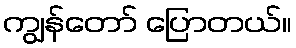
ကျွန်တော် ပြောတယ်။